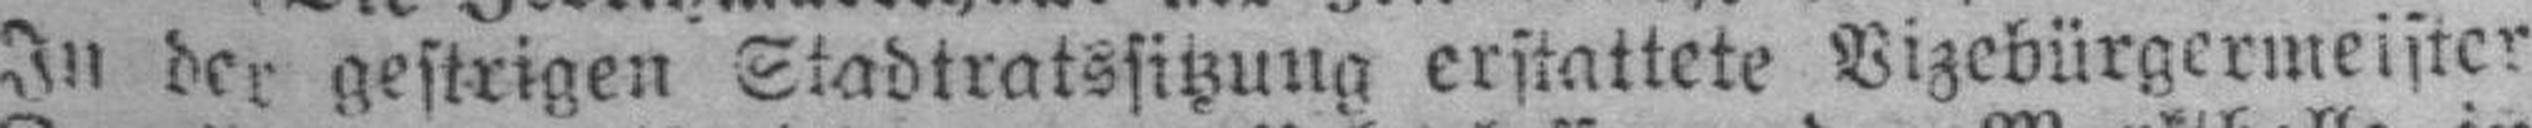
In der gestrigen Stadtratssitzung erstattete Vizebürgermeister